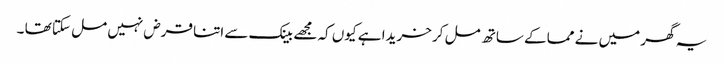
یہ گھر میں نے مما کے ساتھ مل کر خریدا ہے کیوں کہ مجھے بینک سے اتنا قرض نہیں مل سکتا تھا ۔